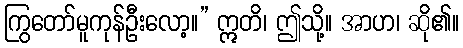
ကြွတော်မူကုန်ဦးလော့။” ဣတိ၊ ဤသို့။ အာဟ၊ ဆို၏။